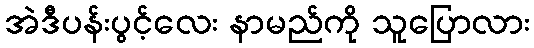
အဲဒီပန်းပွင့်လေး နာမည်ကို သူပြောလား